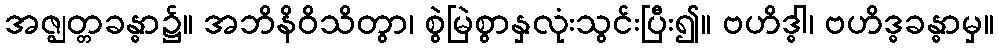
အဇ္ဈတ္တခန္ဓာ၌။ အဘိနိဝိသိတွာ၊ စွဲမြဲစွာနှလုံးသွင်းပြီး၍။ ဗဟိဒ္ဓါ၊ ဗဟိဒ္ဓခန္ဓာမှ။